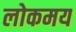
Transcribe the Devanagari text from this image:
लोकमय